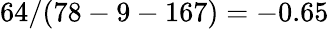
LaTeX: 64/(78-9-167)=-0.65